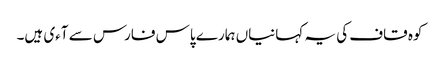
کوہ قاف کی یہ کہانیاں ہمارے پاس فارس سے آءی ہیں۔